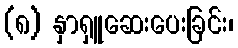
(၈) နှာရှူဆေးပေးခြင်း၊